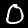
Digit: 0